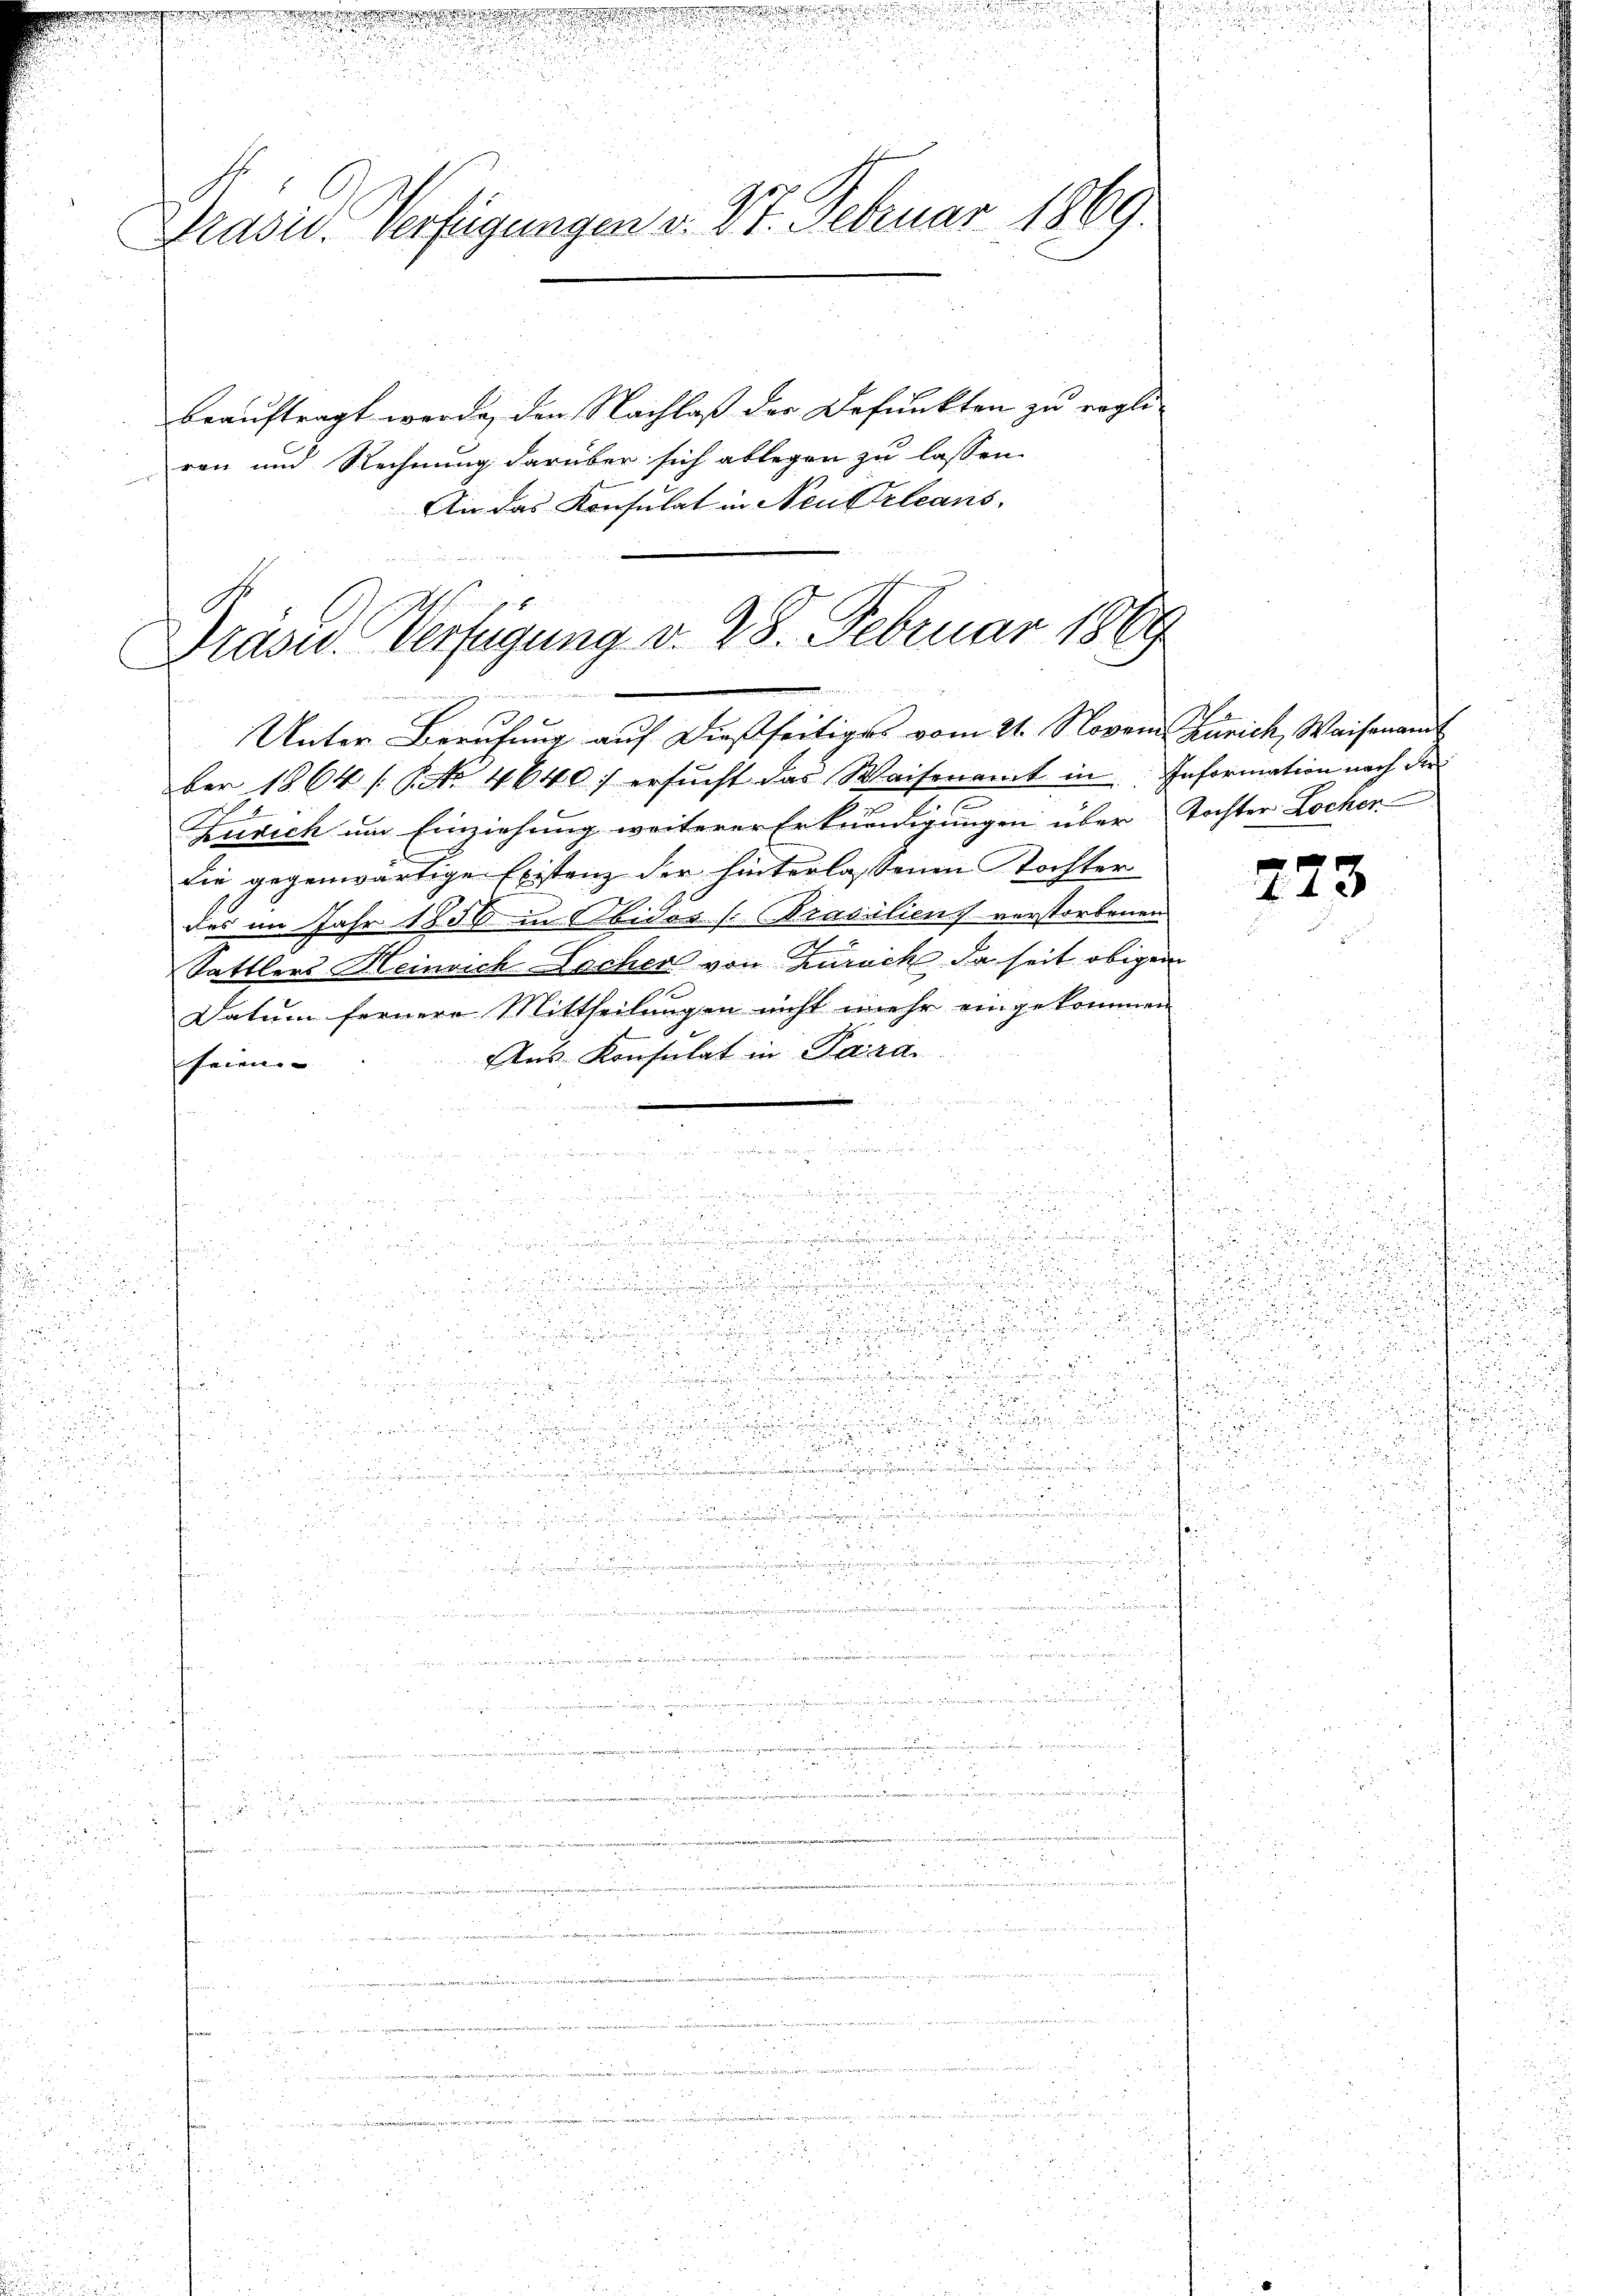
Präsid. Verfügungen v. 27. Februar 1869.

beauftragt werde, den lachlaß der Befunkten zu regliren und Rechnung darüber sich ablegen zu lassen.
An das Konsulat in Neustellen einen

Unter Berufung auf dießseitiges vom 21. Novem Zürich, Waisenam
ber 1864 / No 4640. ersucht das Waisenamt in Information nach der
Zürich um Einziehung weiterer Erkundigungen über Tochter Locher
die gegenwärtige Existenz der hinterlassenen Tochter
des im Jahr 1850 in Ebidor / (Stabilien verstorbenen
Sattlers Heinrich Lochen von Zürich da seit obigen
Datum fernere Mittheilungen nicht mehr eingekommen
x
Ans Konsulat in Sara
teien |
d.

 g zu
n

.
E

 25

5
5
Her
u

u

.

n

u

r
 die

 .

de Ko
u
s

i

n

u

u

 x
eien eine

514 f 0 x
a 15
de
.

u
u
 18
2

e
2
a 25
iineinanden kann eine seiner ihnen ist aner

2

Präved Verfügung v. 28. Februar 1864
immen

d

d
22

e
f 4 x

e
d

r